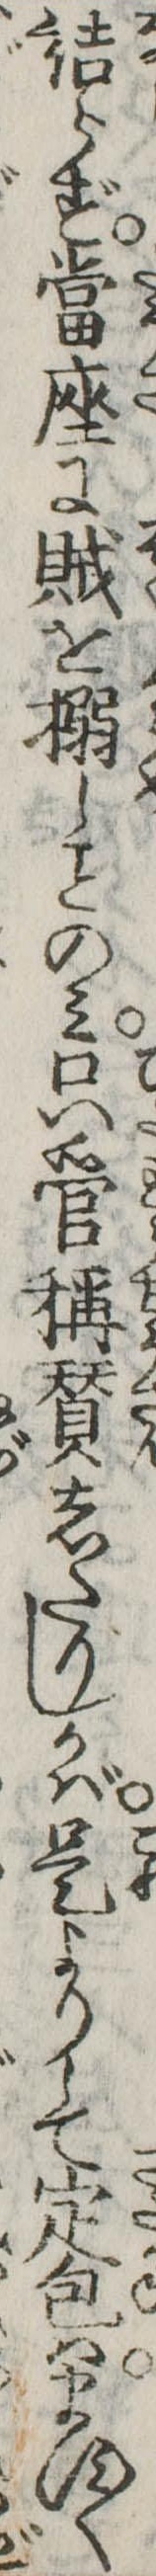
詰らず当座に賊を搦しのみ只管称賛したりしかば是よりして定包はます〱